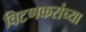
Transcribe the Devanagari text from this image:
विटणकरांच्या